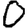
Digit: 0